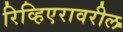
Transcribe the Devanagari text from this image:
रिव्हिएरावरील